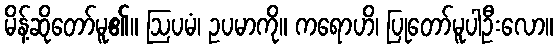
မိန့်ဆိုတော်မူ၏။ ဩပမံ၊ ဥပမာကို။ ကရောဟိ၊ ပြုတော်မူပါဦးလော။